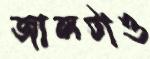
জালটাও